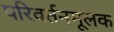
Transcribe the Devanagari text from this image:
परिवर्तनमूलक